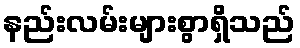
နည်းလမ်းများစွာရှိသည်